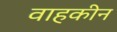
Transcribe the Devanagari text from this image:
वाहकीन